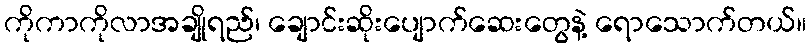
ကိုကာကိုလာအချိုရည်၊ ချောင်းဆိုးပျောက်ဆေးတွေနဲ့ ရောသောက်တယ်။